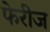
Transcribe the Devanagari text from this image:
फेरीज